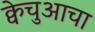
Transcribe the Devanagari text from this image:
क्वेचुआचा